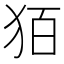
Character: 㹮